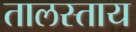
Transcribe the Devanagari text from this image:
तालस्ताय